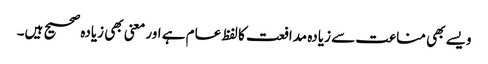
ویسے بھی مناعت سے زیادہ مدافعت کا لفظ عام ہے اور معنی بھی زیادہ صحیح ہیں۔